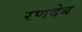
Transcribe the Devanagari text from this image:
रणदेब